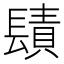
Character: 𨲪